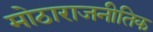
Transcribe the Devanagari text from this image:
मोठाराजनीतिक